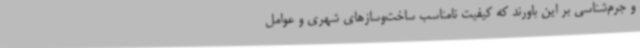
و جرم‌شناسی بر این باورند که کیفیت نامناسب ساخت‌وسازهای شهری و عوامل